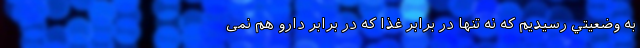
به وضعيتي رسيديم كه نه تنها در برابر غذا که در برابر دارو هم نمی‌